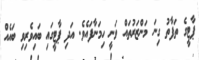
ޕާޓީގެ ތަފާތު ގިނަ މަންޒަރުތައް ވަނީ ހިމަނާފައެވެ. އަދި ޕާޓީގައި ބައިވެރިވި ބައެއް